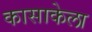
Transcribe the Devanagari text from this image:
कासाकेला